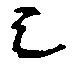
シ